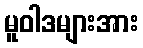
မူဝါဒများအား